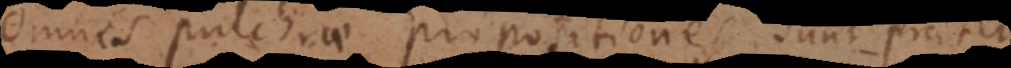
Omnes pulchrae propositiones sunt praeter